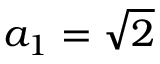
a _ { 1 } = { \sqrt { 2 } }